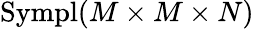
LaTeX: \mathrm{Sympl}(M\times M\times N)